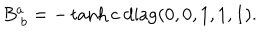
B _ { ~ b } ^ { a } = - \tanh c \ \mathrm { d i a g } ( 0 , 0 , 1 , 1 , 1 ) .